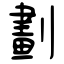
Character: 劃